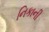
નિકાની